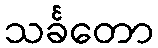
သင်္ခတော